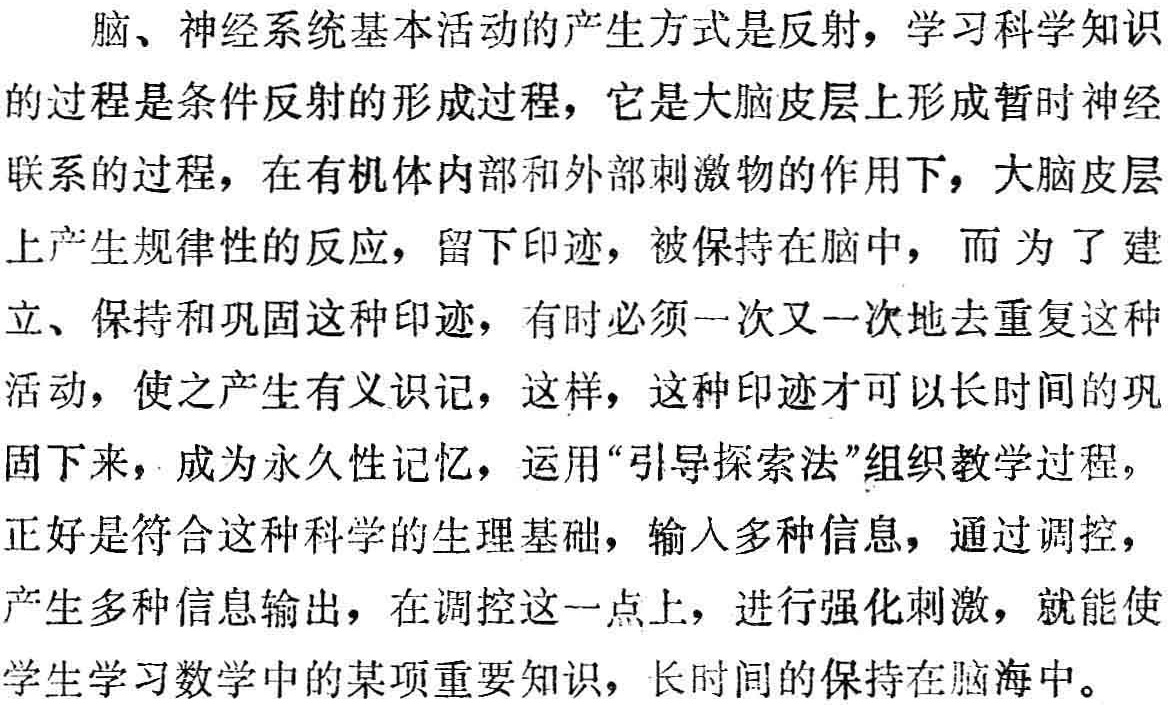
脑、神经系统基本活动的产生方式是反射，学习科学知识的过程是条件反射的形成过程，它是大脑皮层上形成暂时神经联系的过程，在有机体内部和外部刺激物的作用下，大脑皮层上产生规律性的反应，留下印迹，被保持在脑中，而为了建立、保持和巩固这种印迹，有时必须一次又一次地去重复这种活动，使之产生有义识记，这样，这种印迹才可以长时间的巩固下来，成为永久性记忆，运用“引导探索法”组织教学过程，正好是符合这种科学的生理基础，输入多种信息，通过调控，产生多种信息输出，在调控这一点上，进行强化刺激，就能使学生学习数学中的某项重要知识，长时间的保持在脑海中。